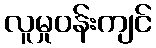
လူမှုဝန်းကျင်